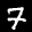
Label: 7